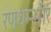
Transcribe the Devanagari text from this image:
रणथम्भीर